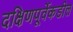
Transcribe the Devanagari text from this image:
दक्षिणपूर्वेकडील